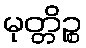
မုတ္တိဉ္စ